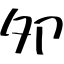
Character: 夘